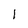
Character: 1